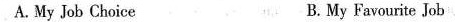
A. My Job Choice B. My Favourite Job